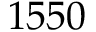
1 5 5 0